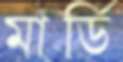
মার্ডি